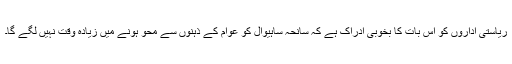
ریاستی اداروں کو اس بات کا بخوبی ادراک ہے کہ سانحہ ساہیوال کو عوام کے ذہنوں سے محو ہونے میں زیادہ وقت نہیں لگے گا۔